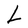
Character: L